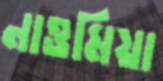
নাওমিয়া